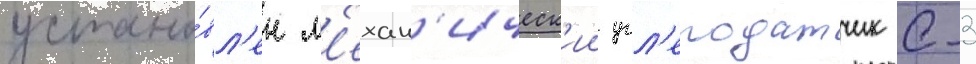
устано́вл'ен м'ехан'ическ'ии угл'еподатчик с-3